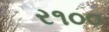
ર૧૦૦